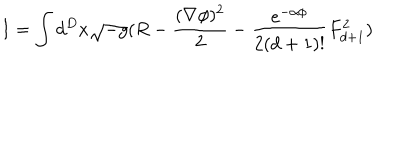
LaTeX: I = \int d ^ { D } x \sqrt { - g } ( R - \frac { ( \nabla \phi ) ^ { 2 } } { 2 } - \frac { e ^ { - \alpha \phi } } { 2 ( d + 1 ) ! } F _ { d + 1 } ^ { 2 } )